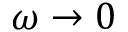
\omega \to 0